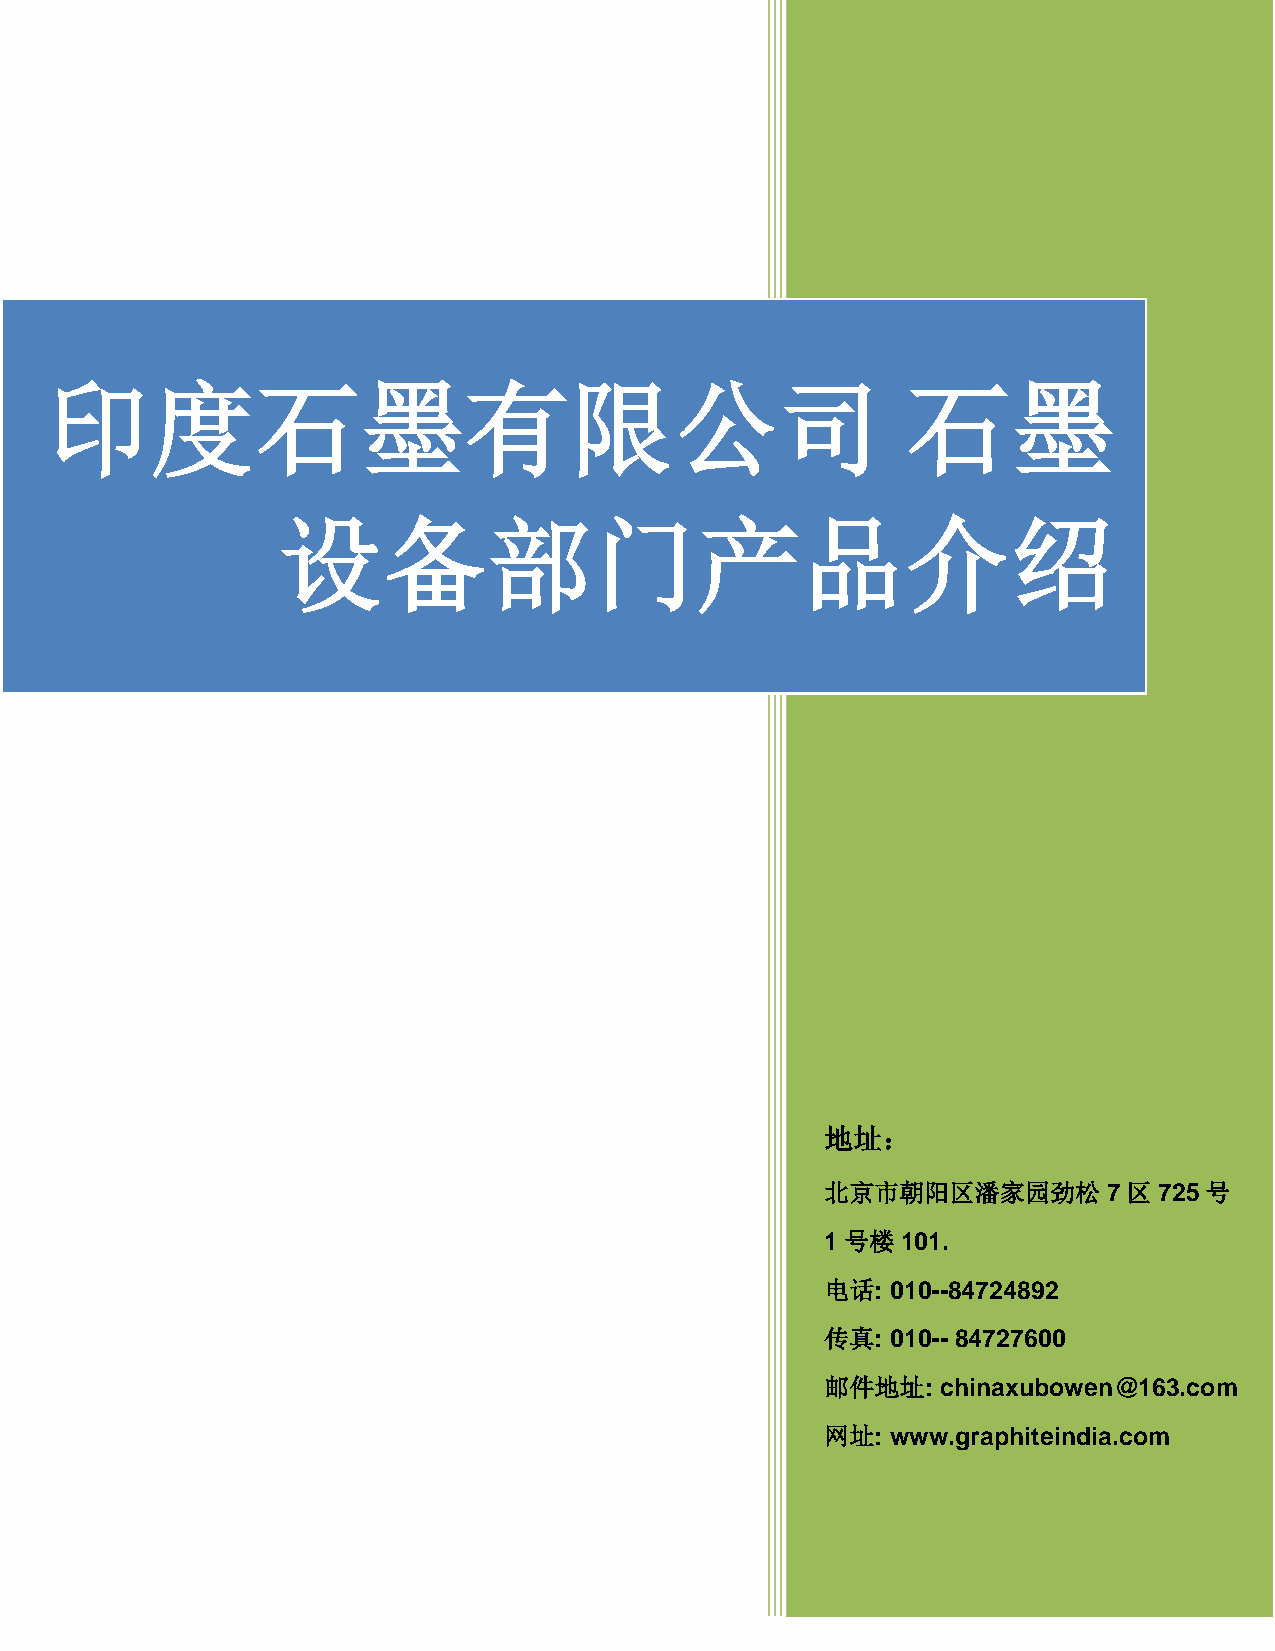
印度石墨有限公司                                                 石墨
 设备部门产品介绍
 地址：
 北京市朝阳区潘家园劲松       7区  725号
 1号楼  101.
 电话: 010--84724892
 传真: 010-- 84727600
 邮件地址:  chinaxubowen@163.com
 网址: www.graphiteindia.com